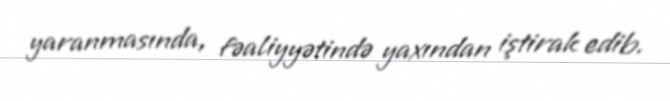
yaranmasında, fəaliyyətində yaxından iştirak edib.